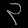
Digit: ၃